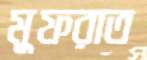
মুফরাত